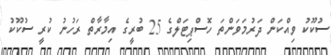
ސުކޫކު ވިއްކަން ދަރުމަވަންތަ ހޮސްޕިޓަލްގެ 25 ބުރީގެ އިމާރާތް ރަހުނު ކުރީ ސުކޫކު